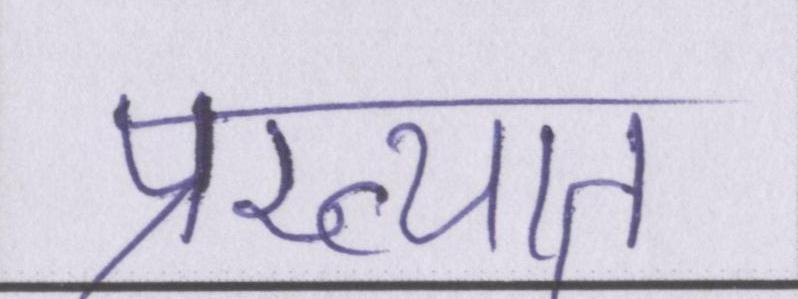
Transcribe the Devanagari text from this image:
प्रख्यात